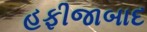
હફીજાબાદ